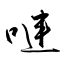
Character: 嗹